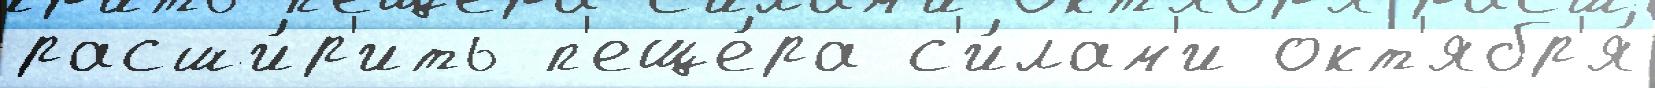
расши́р'ить п'еще́ра с'и́лам'и окт'ябр'я́